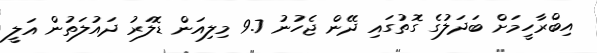
އިބްރާހީމަށް ބަދަލުގެ ގޮތުގައި ދޭން ޖެހުނު 9.7 މިލިއަން ޑޮލަރު ދައުލަތުން އަލީ